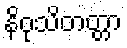
နိဝုသိတတ္တာ